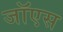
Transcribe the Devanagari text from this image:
जॉएस